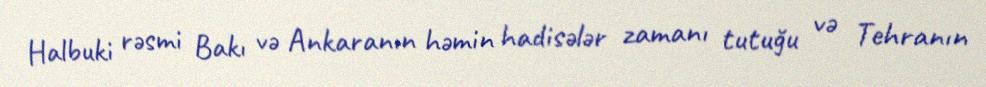
Halbuki rəsmi Bakı və Ankaranın həmin hadisələr zamanı tutuğu və Tehranın